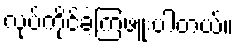
လုပ်ကိုင်ခဲ့ကြဖူးပါတယ်။